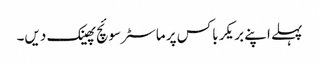
پہلے اپنے بریکر باکس پر ماسٹر سوئچ پھینک دیں۔